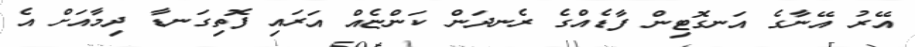
އޭރު އޭނާގެ އަނގޮޓިން ފާޑެއްގެ ރެނދަން ކަންޏެއް އަރައި ފޮތިގަނޑާ ދިމާއަށް އެ